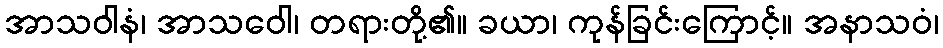
အာသဝါနံ၊ အာသဝေါ၊ တရားတို့၏။ ခယာ၊ ကုန်ခြင်းကြောင့်။ အနာသဝံ၊